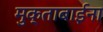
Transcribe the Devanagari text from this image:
मुक्ताबाईना